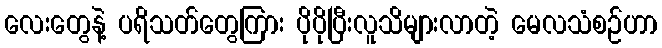
လေးတွေနဲ့ ပရိသတ်တွေကြား ပိုပိုပြီးလူသိများလာတဲ့ မေလသံစဉ်ဟာ